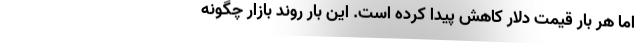
اما هر بار قیمت دلار کاهش پیدا کرده است. این بار روند بازار چگونه